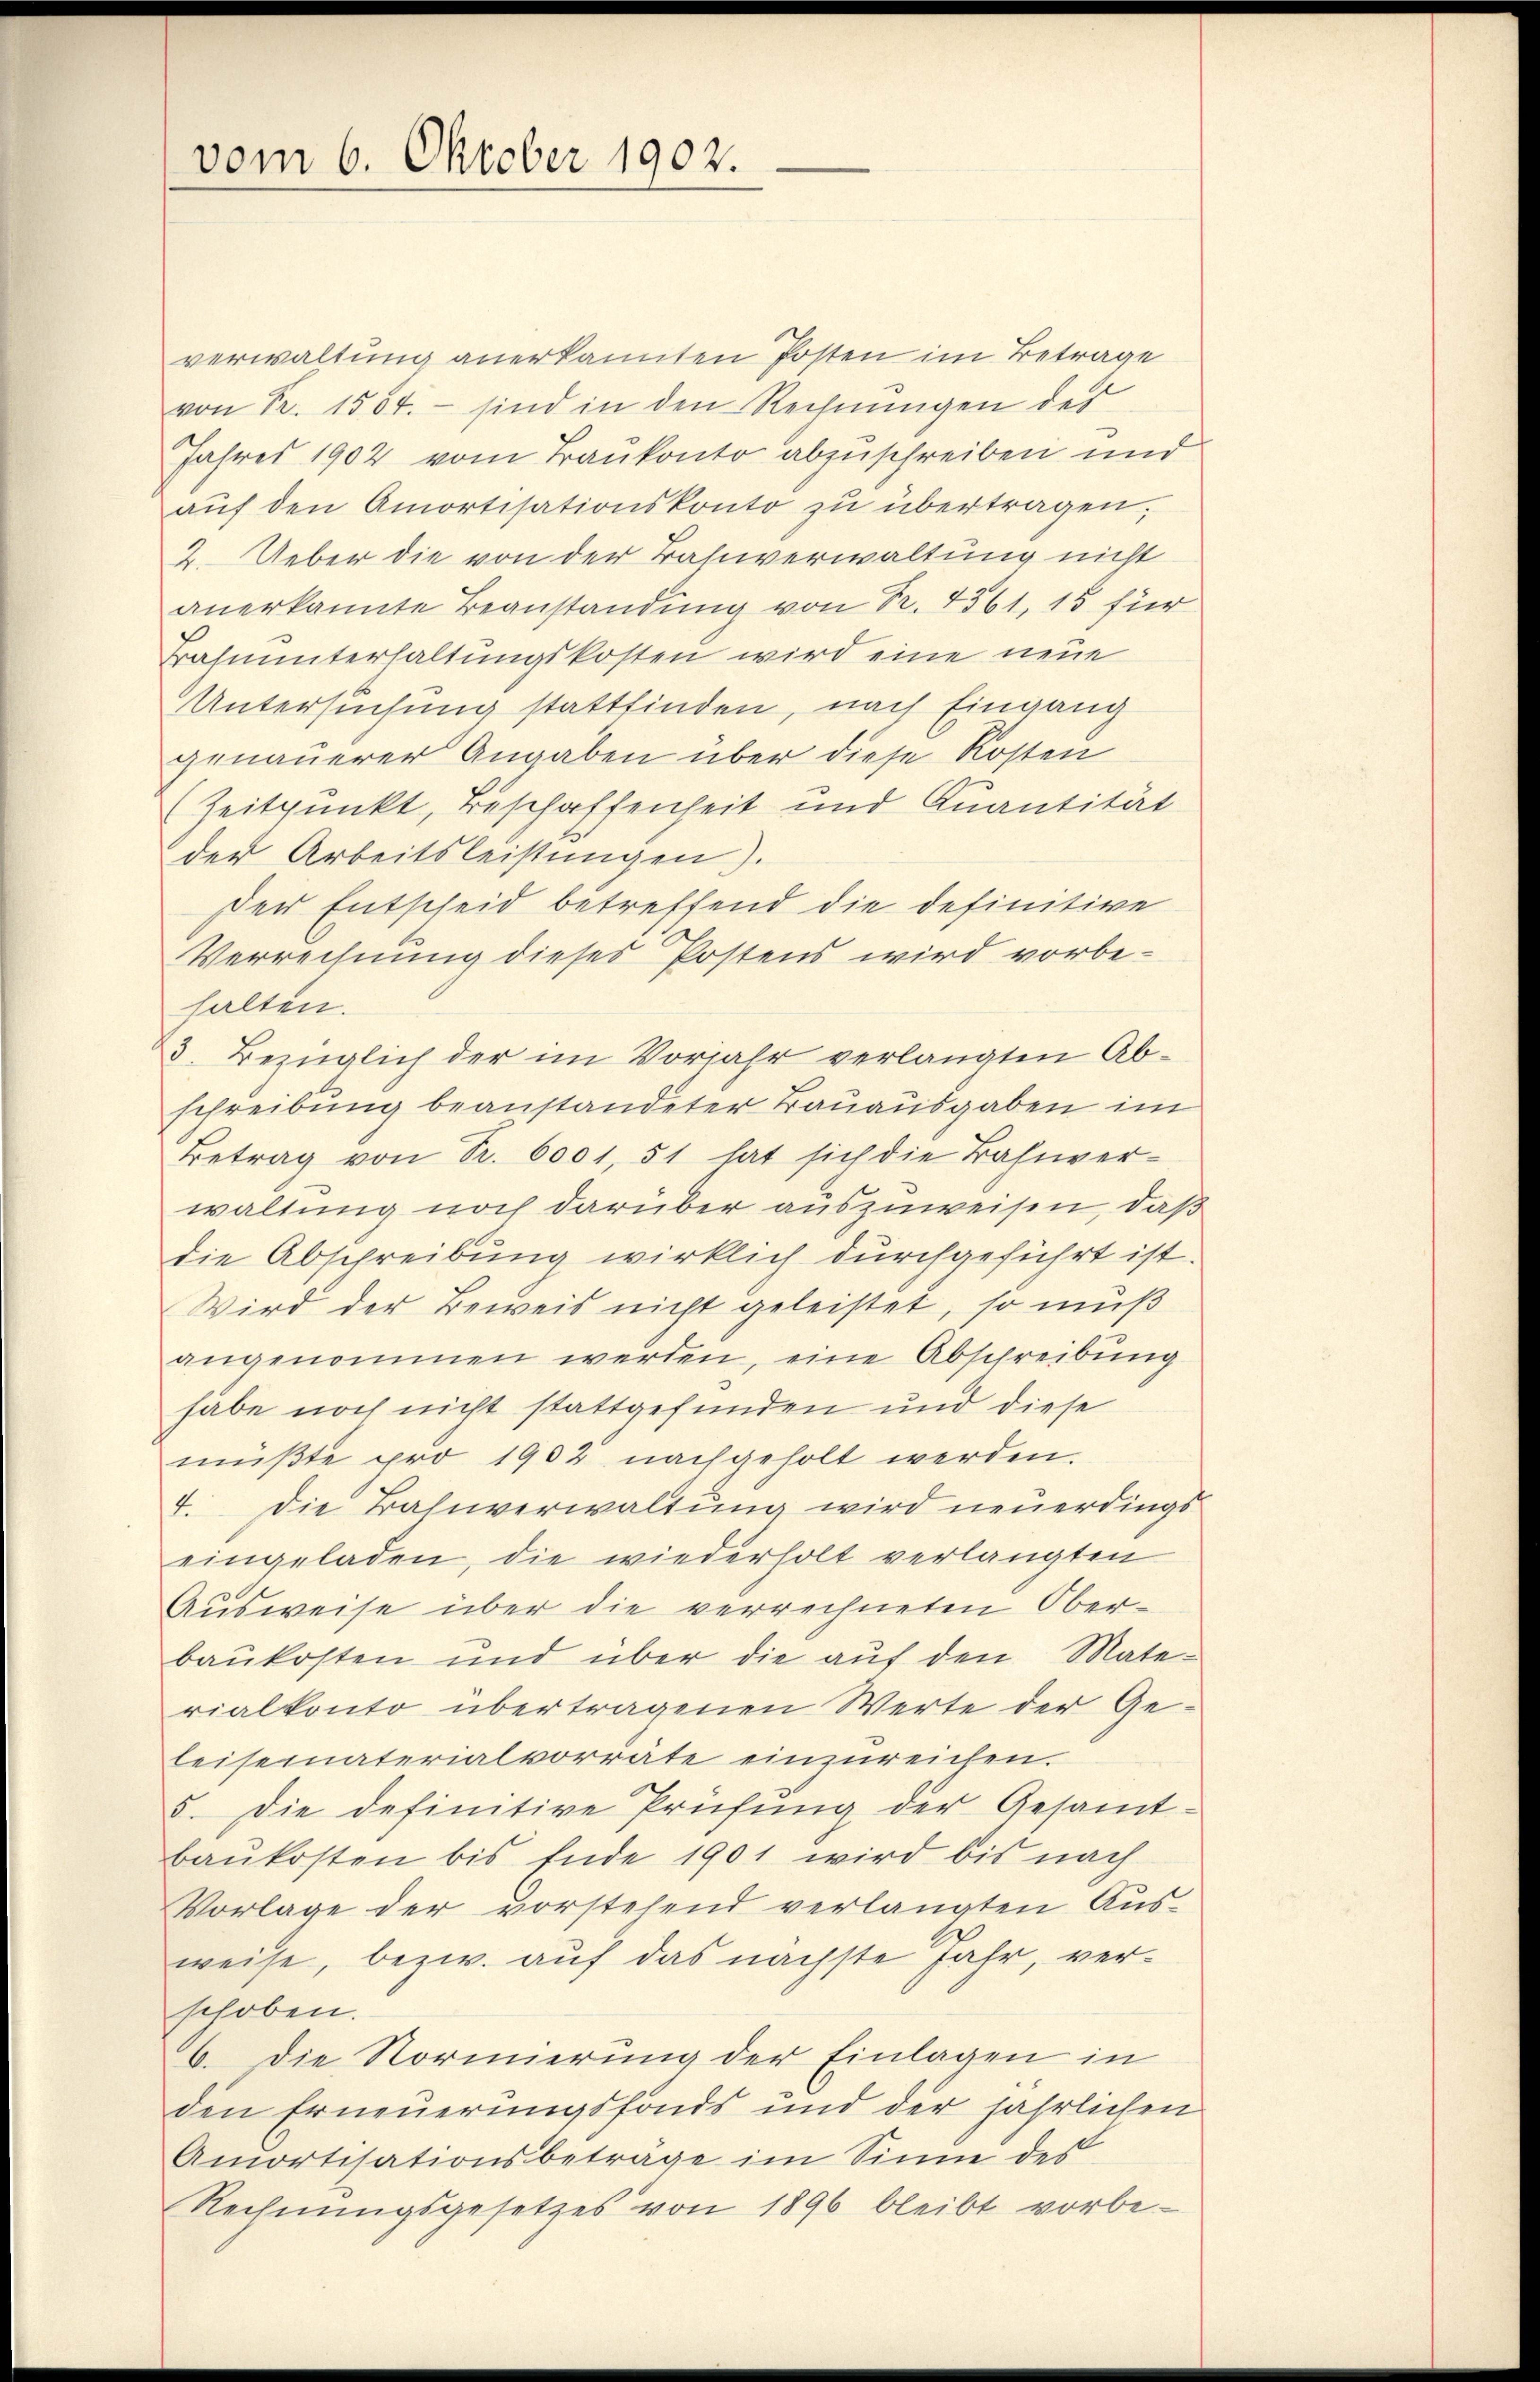
vom 6. Oktober 1902.

verwaltung anerkannten Posten im Betrage
von Fr. 1554. – sind in den Rechnungen des
Jahres 1902 vom Baukonto abzuschreiben und
aŭf den Amortisationskonto zu übertragen,
2. Ueber die von der Bahnverwaltung nicht
anerkannte Beanstandung von Fr. 4561, 15 für
Bahnunterhaltungskosten wird eine neue
Untersuchung stattfinden, nach Eingang
genauerer Angaben über diese Kosten
(Zeitpunkt, Beschaffenheit und Quantität
der Arbeitsleistungen).
der Entscheid betreffend die definitive
Verrechnung dieses Postens wird vorbehalten.
3. Bezüglich der im Vorjahr verlangten Abschreibung beanstandeter Bauausgaben im
Betrag von Sr. 6001, 51 hat sich die Bahnver-
waltung noch darüber auszuweisen, daß
die Abschreibung wirklich durchgeführt ist.
Wird der Beweis nicht geleistet, so muß
angenommen werden, eine Abschreibung
habe noch nicht stattgefunden und diese
mŭβte pro 1902 nachgeholt werden.
4. Die Bahnverwaltung wird neuerdings
eingeladen, die wiederholt verlangten
Ausweise über die verrechneten Oberbaukosten und über die auf den Materialkonto übertragenen Werte der Ge-
leiseimaterialvorräte einzureichen.
5. Die definitive Prüfung der Gesamt-
baukosten bis Ende 1901 wird bis nach
Vorlage der vorstehend verlangten Ausweise, bezw. auf das nächste Jahr, verschoben.
6. die Normierung der Einlagen in
den Erneuerungsfonds und der jährlichen
Amortisationsbeträge im Sinne des
Rechnungsgesetzes von 1896 bleibt vorbe-